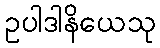
ဥပါဒါနိယေသု